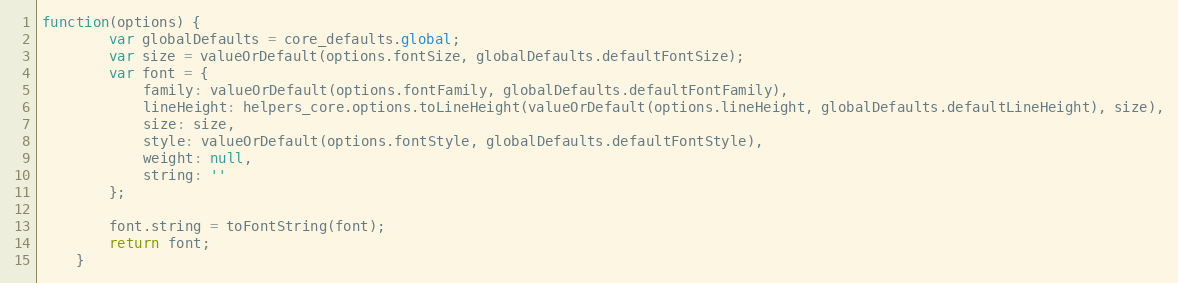
Language: JavaScript
function(options) {
		var globalDefaults = core_defaults.global;
		var size = valueOrDefault(options.fontSize, globalDefaults.defaultFontSize);
		var font = {
			family: valueOrDefault(options.fontFamily, globalDefaults.defaultFontFamily),
			lineHeight: helpers_core.options.toLineHeight(valueOrDefault(options.lineHeight, globalDefaults.defaultLineHeight), size),
			size: size,
			style: valueOrDefault(options.fontStyle, globalDefaults.defaultFontStyle),
			weight: null,
			string: ''
		};

		font.string = toFontString(font);
		return font;
	}